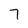
Character: 7